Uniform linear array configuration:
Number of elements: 16
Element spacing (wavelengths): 0.25
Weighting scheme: blackman
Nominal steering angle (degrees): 45
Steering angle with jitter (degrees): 46.975
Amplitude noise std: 0.05
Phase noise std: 0.05

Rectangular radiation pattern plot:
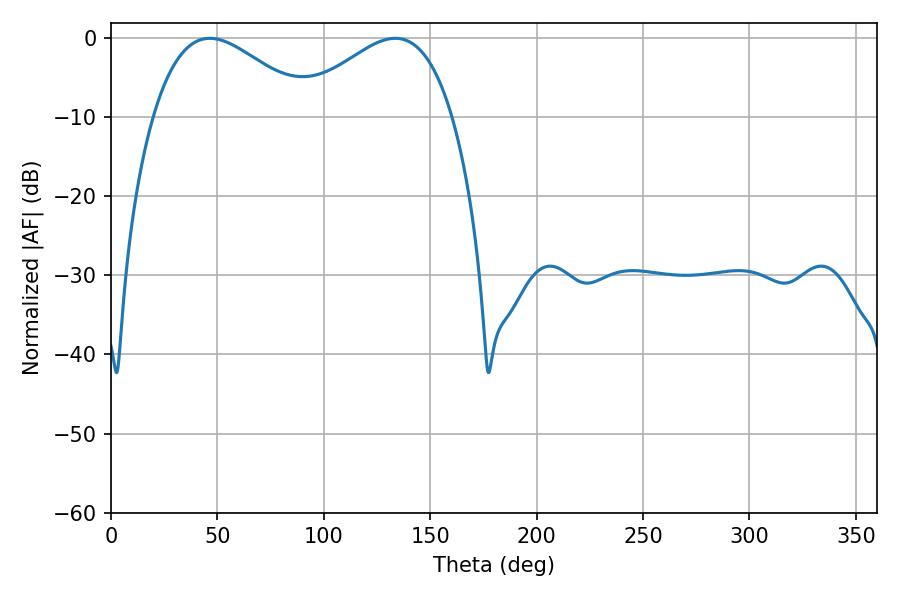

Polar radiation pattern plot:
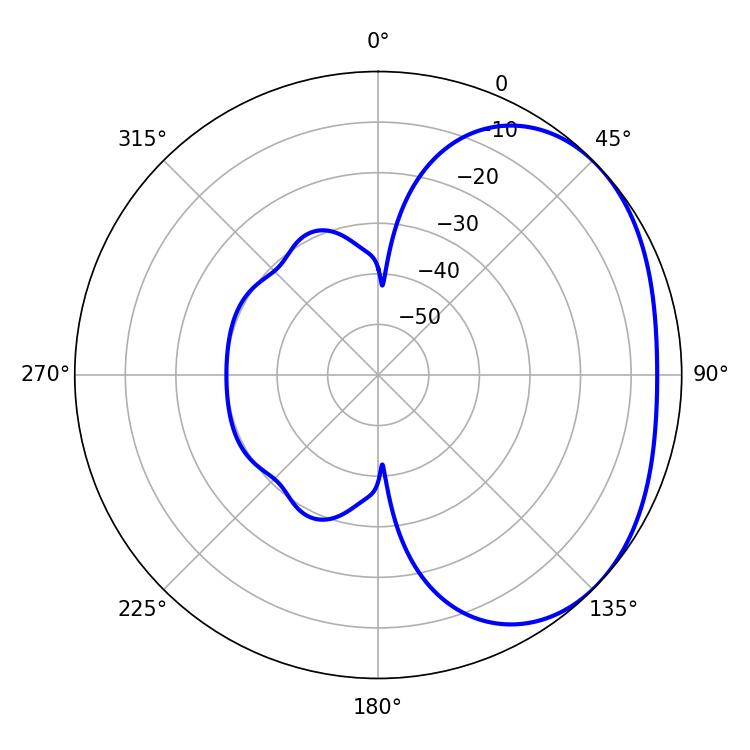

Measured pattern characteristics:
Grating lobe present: FALSE
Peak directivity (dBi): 2.449
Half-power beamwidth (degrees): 39.96
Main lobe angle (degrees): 46.44